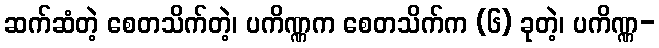
ဆက်ဆံတဲ့ စေတသိက်တဲ့၊ ပကိဏ္ဏက စေတသိက်က (၆) ခုတဲ့၊ ပကိဏ္ဏ-